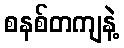
စနစ်တကျနဲ့